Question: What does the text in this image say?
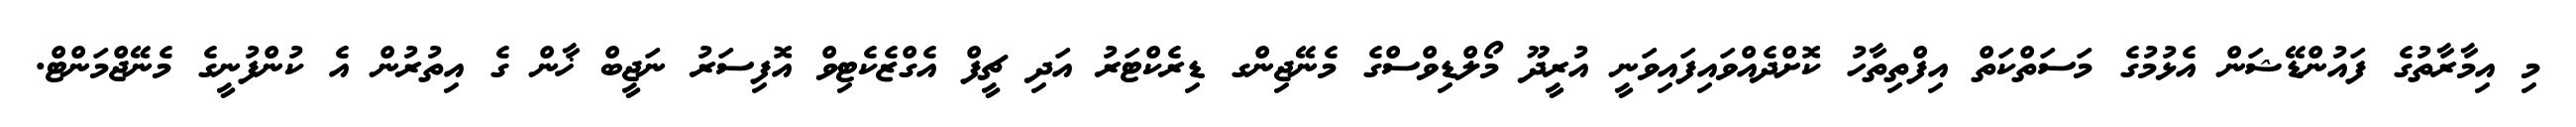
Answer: މި އިމާރާތުގެ ފައުންޑޭޝަން އެޅުމުގެ މަސަތްކަތް އިފްތިތާހު ކޮށްދެއްވައިފައިވަނީ އުރީދޫ މޯލްޑިވްސްގެ މެނޭޖިންގ ޑިރެކްޓަރު އަދި ޗީފް އެގްޒެކެޓިވް އޮފިސަރު ނަޖީބް ޚާން ގެ އިތުރުން އެ ކުންފުނީގެ މެނޭޖްމަންޓް.